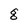
Character: g